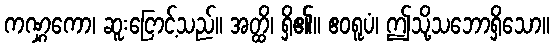
ကဏ္ဋကော၊ ဆူးငြောင့်သည်။ အတ္ထိ၊ ရှိ၏။ ဧဝရူပံ၊ ဤသို့သဘောရှိသော။